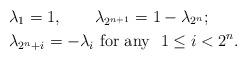
LaTeX: \begin{align*}&\lambda_1=1,\quad\quad\lambda_{2^{n+1}}=1-\lambda_{2^n};\\&\lambda_{2^n+i}=- \lambda_i \textrm{ for any}~~ 1\leq i<2^n.\end{align*}